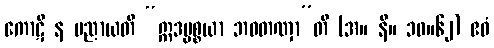
ကောဋိ န ပညာယတိ “ဣဒပ္ပစ္စယာ ဘဝတဏှာ”တိ (အ။ နိ။ ၁၀။၆၂) ဧဝံ